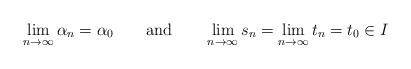
LaTeX: \begin{align*}\lim_{n\to\infty}\alpha_n=\alpha_0\qquad\mbox{and}\qquad\lim_{n\to\infty}s_n=\lim_{n\to\infty}t_n=t_0\in I\end{align*}